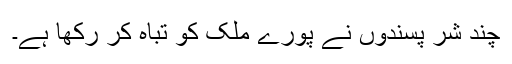
چند شر پسندوں نے پورے ملک کو تباہ کر رکھا ہے۔